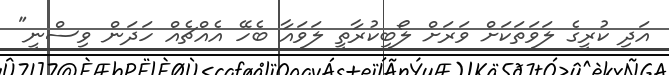
އަދި ކުރީގެ ލަވަތަކަށް ވަރަށް ލޯބިކުރާތީ ލަވައާ ބެހޭ އެއްޗެއް ހަދަން ވިސްނީ"